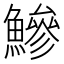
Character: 鰺